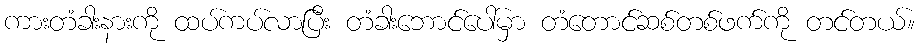
ကားတံခါးနားကို ထပ်ကပ်လာပြီး တံခါးဘောင်ပေါ်မှာ တံတောင်ဆစ်တစ်ဖက်ကို တင်တယ်။